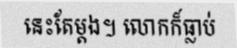
នេះតែម្តង។ លោកក៏ធ្លាប់